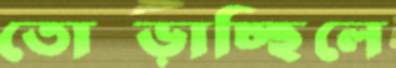
তোব্‌ড়াচ্ছিলে